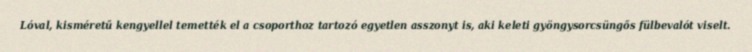
Lóval, kisméretű kengyellel temették el a csoporthoz tartozó egyetlen asszonyt is, aki keleti gyöngysorcsüngős fülbevalót viselt.